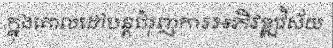
ក្នុងគោលដៅបន្តជំរុញការអភិវឌ្ឍវិស័យ